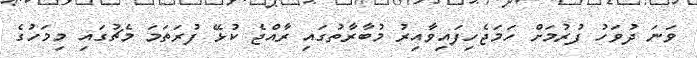
ވަނަ ދުވަހު ފުރުމަށް ހަމަޖެހިފައިވާއިރު މުބާރާތުގައި ރާއްޖެ ކުޅޭ ފުރަތަމަ މެޗުގައި މިމަހުގެ